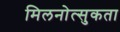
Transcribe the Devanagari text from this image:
मिलनोत्सुकता